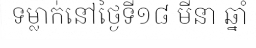
ទម្លាក់នៅថ្ងៃទី១៨ មីនា ឆ្នាំ